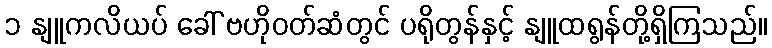
၁ နျူကလိယပ် ခေါ် ဗဟိုဝတ်ဆံတွင် ပရိုတွန်နှင့် နျူထရွန်တို့ရှိကြသည်။